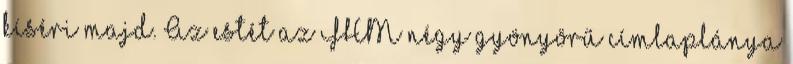
kíséri majd. Az estét az FHM négy gyönyörű címlaplánya